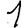
Digit: 1